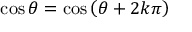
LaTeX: \quad \cos \theta = \cos \left( \theta + 2 k \pi \right)